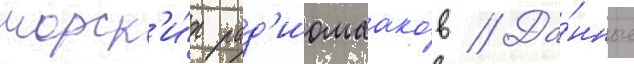
морск'и́х рад'иомаако́в // Да́нные